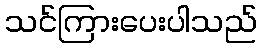
သင်ကြားပေးပါသည်